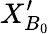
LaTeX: {{{{X}}}_{{{B}_{0}}}^{\prime}}